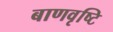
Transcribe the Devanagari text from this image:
बाणवृष्टि